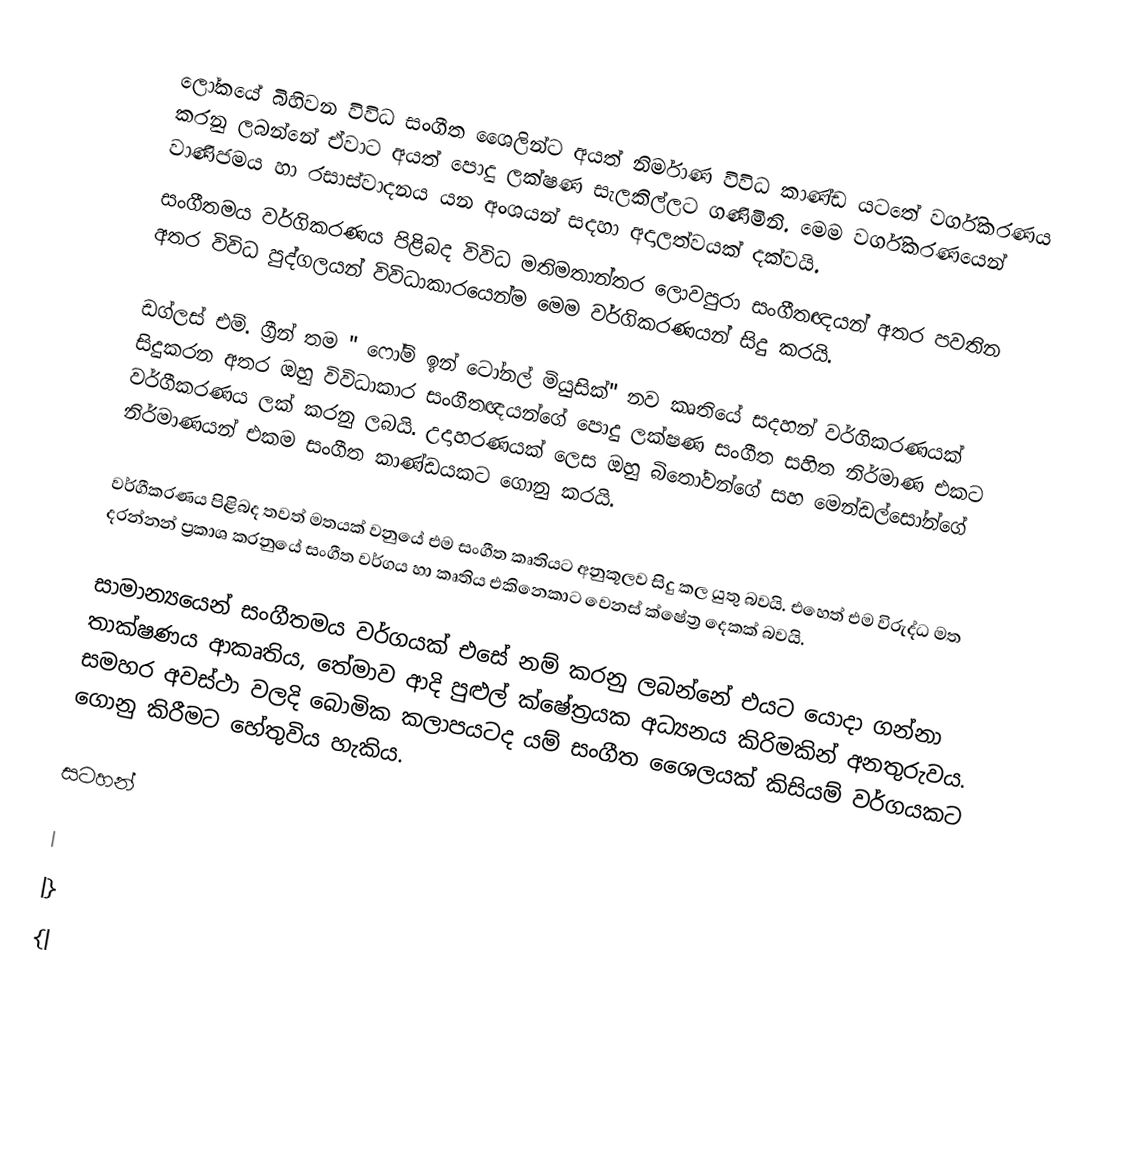
ලෝකයේ බිහිවන විවිධ සංගීත ශෛලින්ට අයත් නිර්මාණ විවිධ කාණ්ඩ යටතේ වර්ගිකරණය කරනු ලබන්නේ ඒවාට අයත් පොදු ලක්ෂණ සැලකිල්ලට ගණිමිනි. මෙම වර්ගිකරණයෙන් වාණිජමය හා රසාස්වාදනය යන අංශයන් සදහා අදාලත්වයක් දක්වයි.
සංගීතමය වර්ගිකරණය පිළිබද විවිධ මතිමතාන්තර ලොවපුරා සංගීතඥයන් අතර පවතින අතර විවිධ පුද්ගලයන් විවිධාකාරයෙන්ම මෙම වර්ගිකරණයන් සිදු කරයි.

ඩග්ලස් එම්. ග්‍රීන් තම " ෆෝම් ඉන් ටෝනල් මියුසික්" නව කෘතියේ සදහන් වර්ගිකරණයක් සිදුකරන අතර ඔහු විවිධාකාර සංගීතඥයන්ගේ පොදු ලක්ෂණ සංගීත සහිත නිර්මාණ එකට වර්ගීකරණය ලක් කරනු ලබයි. උදාහරණයක් ලෙස ඔහු බිතෝවන්ගේ සහ මෙන්ඩල්සෝන්ගේ නිර්මාණයන් එකම සංගීත කාණ්ඩයකට ගොනු කරයි.

වර්ගීකරණය පිළිබද තවත් මතයක් වනුයේ එම සංගීත කෘතියට අනුකූලව සිදු කල යුතු බවයි. එහෙත් එම විරුද්ධ මත දරන්නන් ප්‍රකාශ කරනුයේ සංගීත වර්ගය හා කෘතිය එකිනෙකාට වෙනස් ක්ෂේත්‍ර දෙකක් බවයි.

සාමාන්‍යයෙන් සංගීතමය වර්ගයක් එසේ නම් කරනු ලබන්නේ එයට යොදා ගන්නා තාක්ෂණය ආකෘතිය, තේමාව ආදි පුළුල් ‍ක්ෂේත්‍රයක අධ්‍යනය කිරිමකින් අනතුරුවය. සමහර අවස්ථා වලදි බොමික කලාපයටද යම් සංගීත ශෛලයක් කිසියම් වර්ගයකට ගොනු කිරීමට හේතුවිය හැකිය.

සටහන්

|
|}
{|